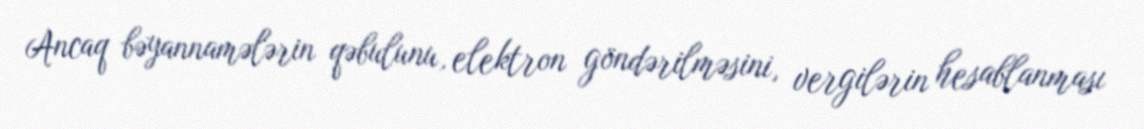
Ancaq bəyannamələrin qəbulunu, elektron göndərilməsini, vergilərin hesablanması